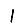
Digit: 1